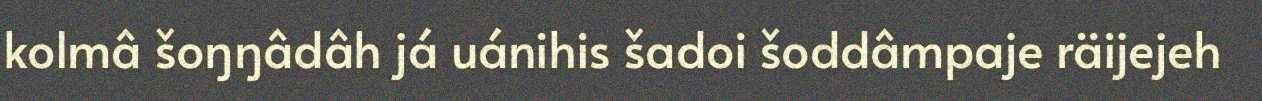
kolmâ šoŋŋâdâh já uánihis šadoi šoddâmpaje räijejeh